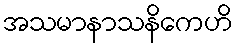
အသမာနာသနိကေဟိ